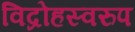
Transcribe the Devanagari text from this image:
विद्रोहस्वरुप